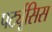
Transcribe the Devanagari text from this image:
पर्ट्यूसिस